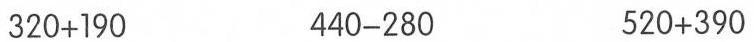
320+190 440-280 520+390